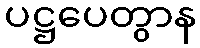
ပဋ္ဌပေတွာန